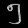
Digit: ၅